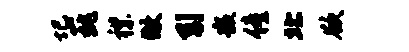
圮巍襟做引嵌僮北欲